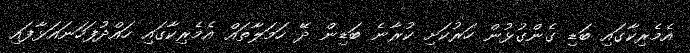
އެމެރިކާގައި ބަޑި ގެންގުޅުން ހަރުކަށި ކުރާނެ ބަޑިން ދޭ ހަމަލާތައް އެމެރިކާގައި ހައްދުފަހަނައަޅާފައި